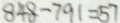
8 4 8 - 7 9 1 = 5 7